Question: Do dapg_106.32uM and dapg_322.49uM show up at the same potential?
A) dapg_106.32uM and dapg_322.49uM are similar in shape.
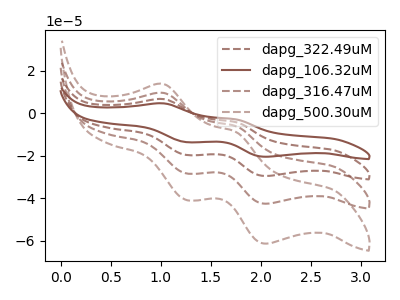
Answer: <think>The brown dashed curve "dapg_322.49uM" has anodic peaks at (1.05V, 6.60uA) (1.75V, -4.25uA) and cathodic peaks at (1.25V, -19.65uA) (2.05V, -29.55uA). The brown curve "dapg_106.32uM" has anodic peaks at (1.05V, 4.55uA) (1.75V, -2.95uA) and cathodic peaks at (1.25V, -13.65uA) (2.05V, -20.50uA). The brown dashed curve "dapg_316.47uM" has anodic peaks at (1.05V, 13.15uA) (1.75V, -8.55uA) and cathodic peaks at (1.25V, -39.35uA) (2.05V, -59.10uA). The brown dashed curve "dapg_500.30uM" has anodic peaks at (1.05V, 19.75uA) (1.75V, -12.80uA) and cathodic peaks at (1.25V, -59.00uA) (2.05V, -88.65uA).
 All the peaks in "dapg_106.32uM" have a peak in "dapg_322.49uM" at the same potential.</think>
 <answer>A) "dapg_106.32uM" and "dapg_322.49uM" are similar in shape.</answer>
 <eval>A</eval>